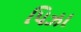
પિઝા